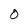
Character: O